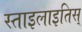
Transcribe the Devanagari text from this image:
स्ताइलाइतिस्